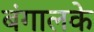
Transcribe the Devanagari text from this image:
बंगालके